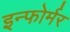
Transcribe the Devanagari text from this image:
इन्फोर्मर